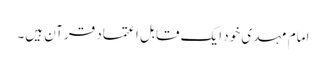
امام مہدی خود ایک قابلِ اعتماد قرآن ہیں۔